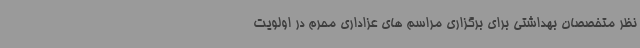
نظر متخصصان بهداشتی برای برگزاری مراسم های عزاداری محرم در اولویت